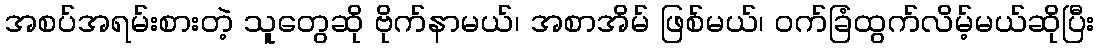
အစပ်အရမ်းစားတဲ့ သူတွေဆို ဗိုက်နာမယ်၊ အစာအိမ် ဖြစ်မယ်၊ ဝက်ခြံထွက်လိမ့်မယ်ဆိုပြီး